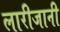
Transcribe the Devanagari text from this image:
लारीजानी